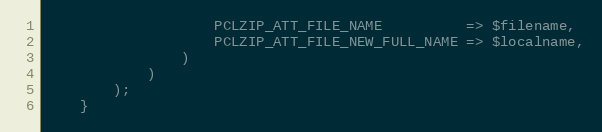
Language: PHP
                    PCLZIP_ATT_FILE_NAME          => $filename,
                    PCLZIP_ATT_FILE_NEW_FULL_NAME => $localname,
                )
            )
        );
    }